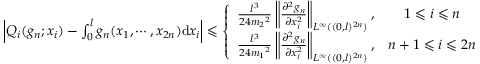
\begin{array} { r } { \left| Q _ { i } ( g _ { n } ; x _ { i } ) - \int _ { 0 } ^ { l } g _ { n } ( x _ { 1 } , \cdots , x _ { 2 n } ) \mathrm { d } x _ { i } \right| \leqslant \left\{ \begin{array} { l c r } { \frac { l ^ { 3 } } { 2 4 { m _ { 2 } } ^ { 2 } } \left\| \frac { \partial ^ { 2 } g _ { n } } { \partial x _ { i } ^ { 2 } } \right\| _ { L ^ { \infty } ( ( 0 , l ) ^ { 2 n } ) } , } & { 1 \leqslant i \leqslant n } \\ { \frac { l ^ { 3 } } { 2 4 { m _ { 1 } } ^ { 2 } } \left\| \frac { \partial ^ { 2 } g _ { n } } { \partial x _ { i } ^ { 2 } } \right\| _ { L ^ { \infty } ( ( 0 , l ) ^ { 2 n } ) } , } & { { n + 1 } \leqslant i \leqslant 2 n } \end{array} \right. } \end{array}